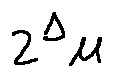
z ^ { \Delta } \mu